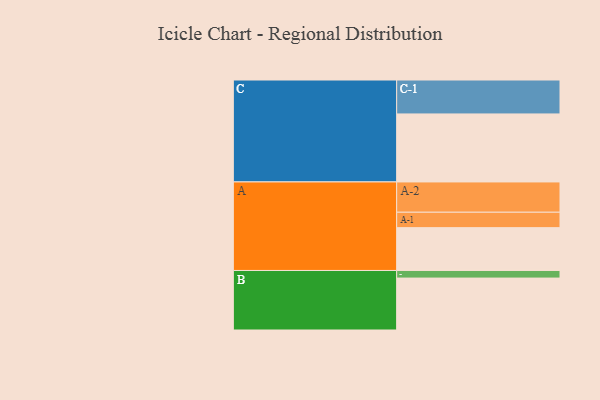
{"axis": {"x": "Segment", "y": "Value"}, "legend": ["", "A", "B", "C"], "data": [{"x": "A", "y": 338, "type": ""}, {"x": "B", "y": 410, "type": ""}, {"x": "C", "y": 537, "type": ""}, {"x": "A-1", "y": 122, "type": "A"}, {"x": "A-2", "y": 239, "type": "A"}, {"x": "B-1", "y": 60, "type": "B"}, {"x": "C-1", "y": 268, "type": "C"}]}